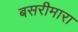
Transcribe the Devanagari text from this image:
बसरीमारा